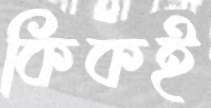
কিকই